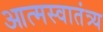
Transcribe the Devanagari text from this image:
आत्मस्वातंत्र्य